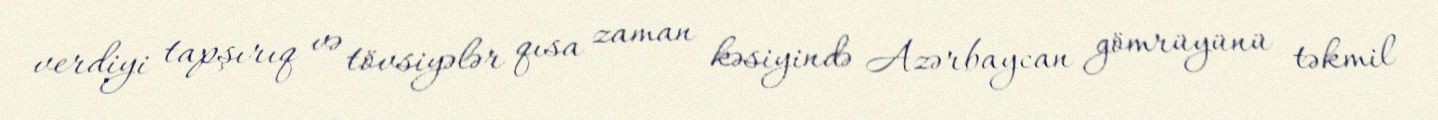
verdiyi tapşırıq və tövsiyələr qısa zaman kəsiyində Azərbaycan gömrüyünü təkmil